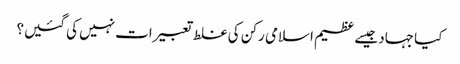
کیا جہاد جیسے عظیم اسلامی رکن کی غلط تعبیرات نہیں کی گئیں؟